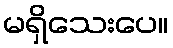
မရှိသေးပေ။